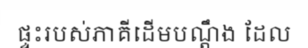
ផ្ទះរបស់ភាគីដើមបណ្តឹង ដែល